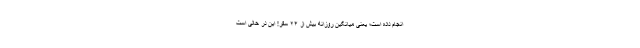
انجام داده است؛ یعنی میانگین روزانه بیش از ۲۴ سفر! این در حالی است